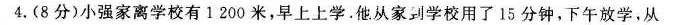
4.(8分)小强家离学校有1200米，早上上学。他从家到学校用了15分钟，下午放学，从